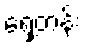
ရှေ့တန်း